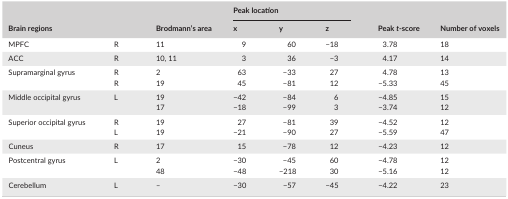
<table><thead><tr><td rowspan="2"><b>Brain regions</b></td><td rowspan="2"></td><td rowspan="2"><b>Brodmann&#x27;s area</b></td><td colspan="3"><b>Peak location</b></td><td rowspan="2"><b>Peak <i>t</i>‐score</b></td><td rowspan="2"><b>Number of voxels</b></td></tr><tr><td><b>x</b></td><td><b>y</b></td><td><b>z</b></td></tr></thead><tbody><tr><td>MPFC</td><td>R</td><td>11</td><td>9</td><td>60</td><td>−18</td><td>3.78</td><td>18</td></tr><tr><td>ACC</td><td>R</td><td>10, 11</td><td>3</td><td>36</td><td>−3</td><td>4.17</td><td>14</td></tr><tr><td rowspan="2">Supramarginal gyrus</td><td>R</td><td>2</td><td>63</td><td>−33</td><td>27</td><td>4.78</td><td>13</td></tr><tr><td>R</td><td>19</td><td>45</td><td>−81</td><td>12</td><td>−5.33</td><td>45</td></tr><tr><td rowspan="2">Middle occipital gyrus</td><td rowspan="2">L</td><td>19</td><td>−42</td><td>−84</td><td>6</td><td>−4.85</td><td>15</td></tr><tr><td>17</td><td>−18</td><td>−99</td><td>3</td><td>−3.74</td><td>12</td></tr><tr><td rowspan="2">Superior occipital gyrus</td><td>R</td><td>19</td><td>27</td><td>−81</td><td>39</td><td>−4.52</td><td>12</td></tr><tr><td>L</td><td>19</td><td>−21</td><td>−90</td><td>27</td><td>−5.59</td><td>47</td></tr><tr><td>Cuneus</td><td>R</td><td>17</td><td>15</td><td>−78</td><td>12</td><td>−4.23</td><td>12</td></tr><tr><td rowspan="2">Postcentral gyrus</td><td rowspan="2">L</td><td>2</td><td>−30</td><td>−45</td><td>60</td><td>−4.78</td><td>12</td></tr><tr><td>48</td><td>−48</td><td>−218</td><td>30</td><td>−5.16</td><td>12</td></tr><tr><td>Cerebellum</td><td>L</td><td>–</td><td>−30</td><td>−57</td><td>−45</td><td>−4.22</td><td>23</td></tr></tbody></table>